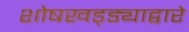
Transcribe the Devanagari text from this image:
शोषखड्ड्याद्वारे